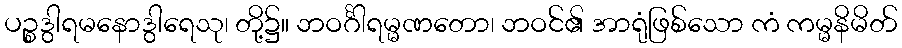
ပဉ္စဒွါရမနောဒွါရေသု၊ တို့၌။ ဘဝင်္ဂါရမ္မဏတော၊ ဘဝင်၏ အာရုံဖြစ်သော ကံ ကမ္မနိမိတ်